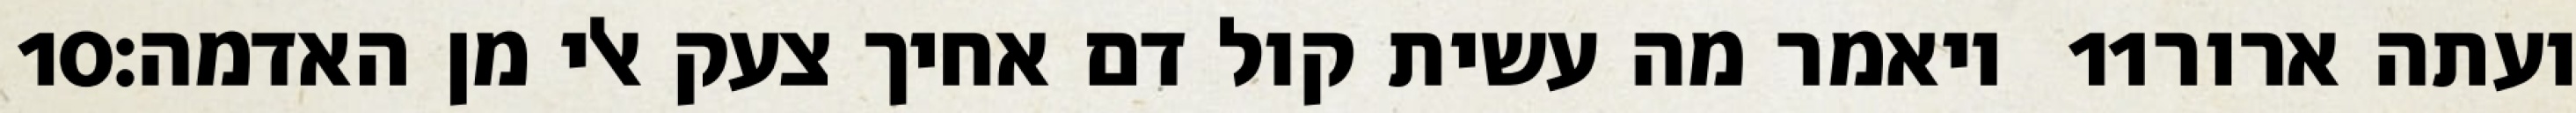
‎10‏ ויאמר מה עשית קול דם אחיך צעק אלי מן האדמה׃ ‎11‏ ועתה ארור